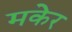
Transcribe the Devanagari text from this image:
मकेर